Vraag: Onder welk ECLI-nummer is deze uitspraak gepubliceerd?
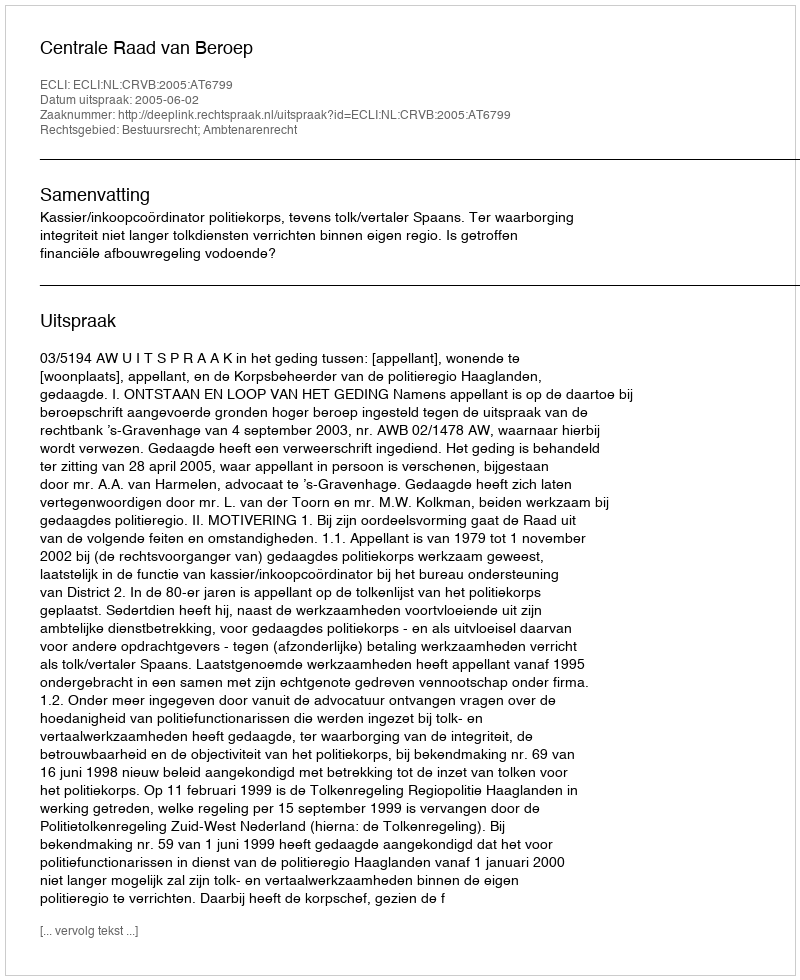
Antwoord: ECLI:NL:CRVB:2005:AT6799